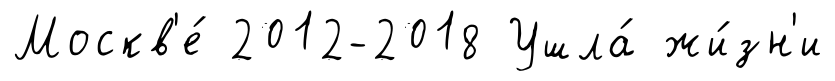
Москв'е́ 2012-2018 Ушла́ жи́зн'и